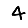
Digit: 4